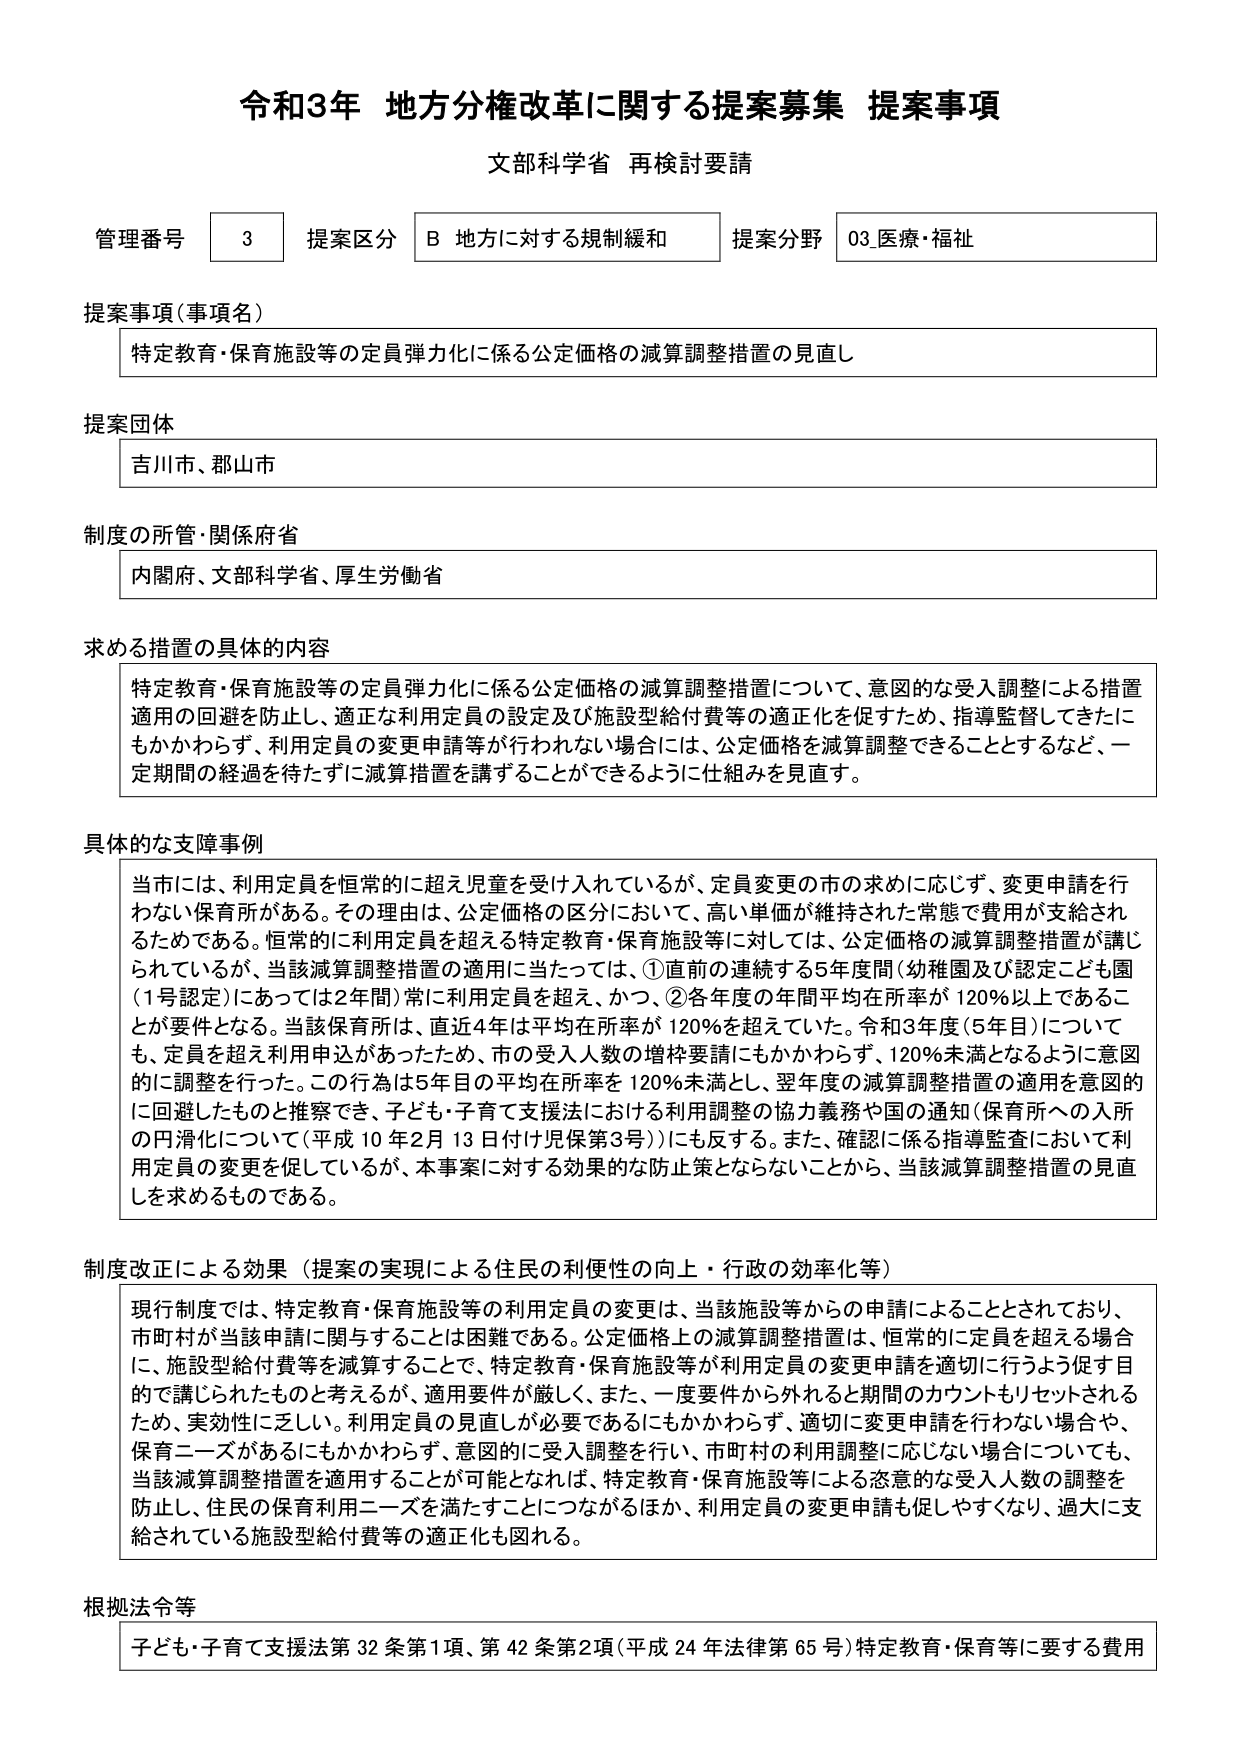
令和3年 地方分権改革に関する提案募集 提案事項
文部科学省 再検討要請

管理番号 3 提案区分 B 地方に対する規制緩和 提案分野 03.医療・福祉

提案事項（事項名）
特定教育・保育施設等の定員弾力化に係る公定価格の減算調整措置の見直し

提案団体
吉川市、郡山市

制度の所管・関係府省
内閣府、文部科学省、厚生労働省

求める措置の具体的内容
特定教育・保育施設等の定員弾力化に係る公定価格の減算調整措置について、意図的な受入調整による措置適用の回避を防止し、適正な利用定員の設定及び施設型給付費等の適正化を促すため、指導監督してきたにもかかわらず、利用定員の変更申請等が行われない場合には、公定価格を減算調整できることとするなど、一定期間の経過を待たずに減算措置を講ずることができるように仕組みを見直す。

具体的な支障事例
当市には、利用定員を恒常的に超え児童を受け入れているが、定員変更の市の求めに応じず、変更申請を行わない保育所がある。その理由は、公定価格の区分において、高い単価が維持された常態で費用が支給されるためである。恒常的に利用定員を超える特定教育・保育施設等に対しては、公定価格の減算調整措置が講じられているが、当該減算調整措置の適用に当たっては、①直前の連続する5年間（幼稚園及び認定こども園（1号認定）にあっては2年間）常に利用定員を超え、かつ、②各年度の年間平均在所率が120％以上であることが要件となる。当該保育所は、直近4年は平均在所率が120％を超えていた。令和3年度（5年目）についても、定員を超え利用申込があったため、市の受入人数の増枠要請にもかかわらず、120％未満となるように意図的に調整したもののと推察でき、子ども・子育て支援法における利用調整の協力義務や国の通知（保育所への入所の円滑化について（平成10年2月13日付け児保第3号））にも反する。また、確認に係る指導監査において利用定員の変更を促しているが、本事案に対する効果的な防止策とならないことから、当該減算調整措置の見直しを求めるものである。

制度改正による効果（提案の実現による住民の利便性の向上・行政の効率化等）
現行制度では、特定教育・保育施設等の利用定員の変更は、当該施設等からの申請によることとされており、市町村が当該申請に関与することは困難である。公定価格上の減算調整措置は、恒常的に定員を超える場合に、施設型給付費等を減算することで、特定教育・保育施設等が利用定員の変更申請を適切に行うよう促す目的で講じられたものと考えるが、適用要件が厳しく、また、一度要件から外れると期間のカウントもリセットされるため、実効性に乏しい。利用定員の見直しが必要であるにもかかわらず、適切に変更申請を行わない場合や、保育ニーズがあるにもかかわらず、意図的に受入調整を行い、市町村の利用調整に応じない場合についても、当該減算調整措置を適用することが可能となれば、特定教育・保育施設等による恣意的な受入人数の調整を防止し、住民の保育利用ニーズを満たすことにつながるほか、利用定員の変更申請を促しやすくなり、過大に支給されている施設型給付費等の適正化も図れる。

根拠法令等
子ども・子育て支援法第32条第1項、第42条第2項（平成24年法律第65号）特定教育・保育等に要する費用